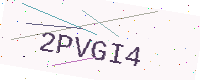
Text: 2PVGI4